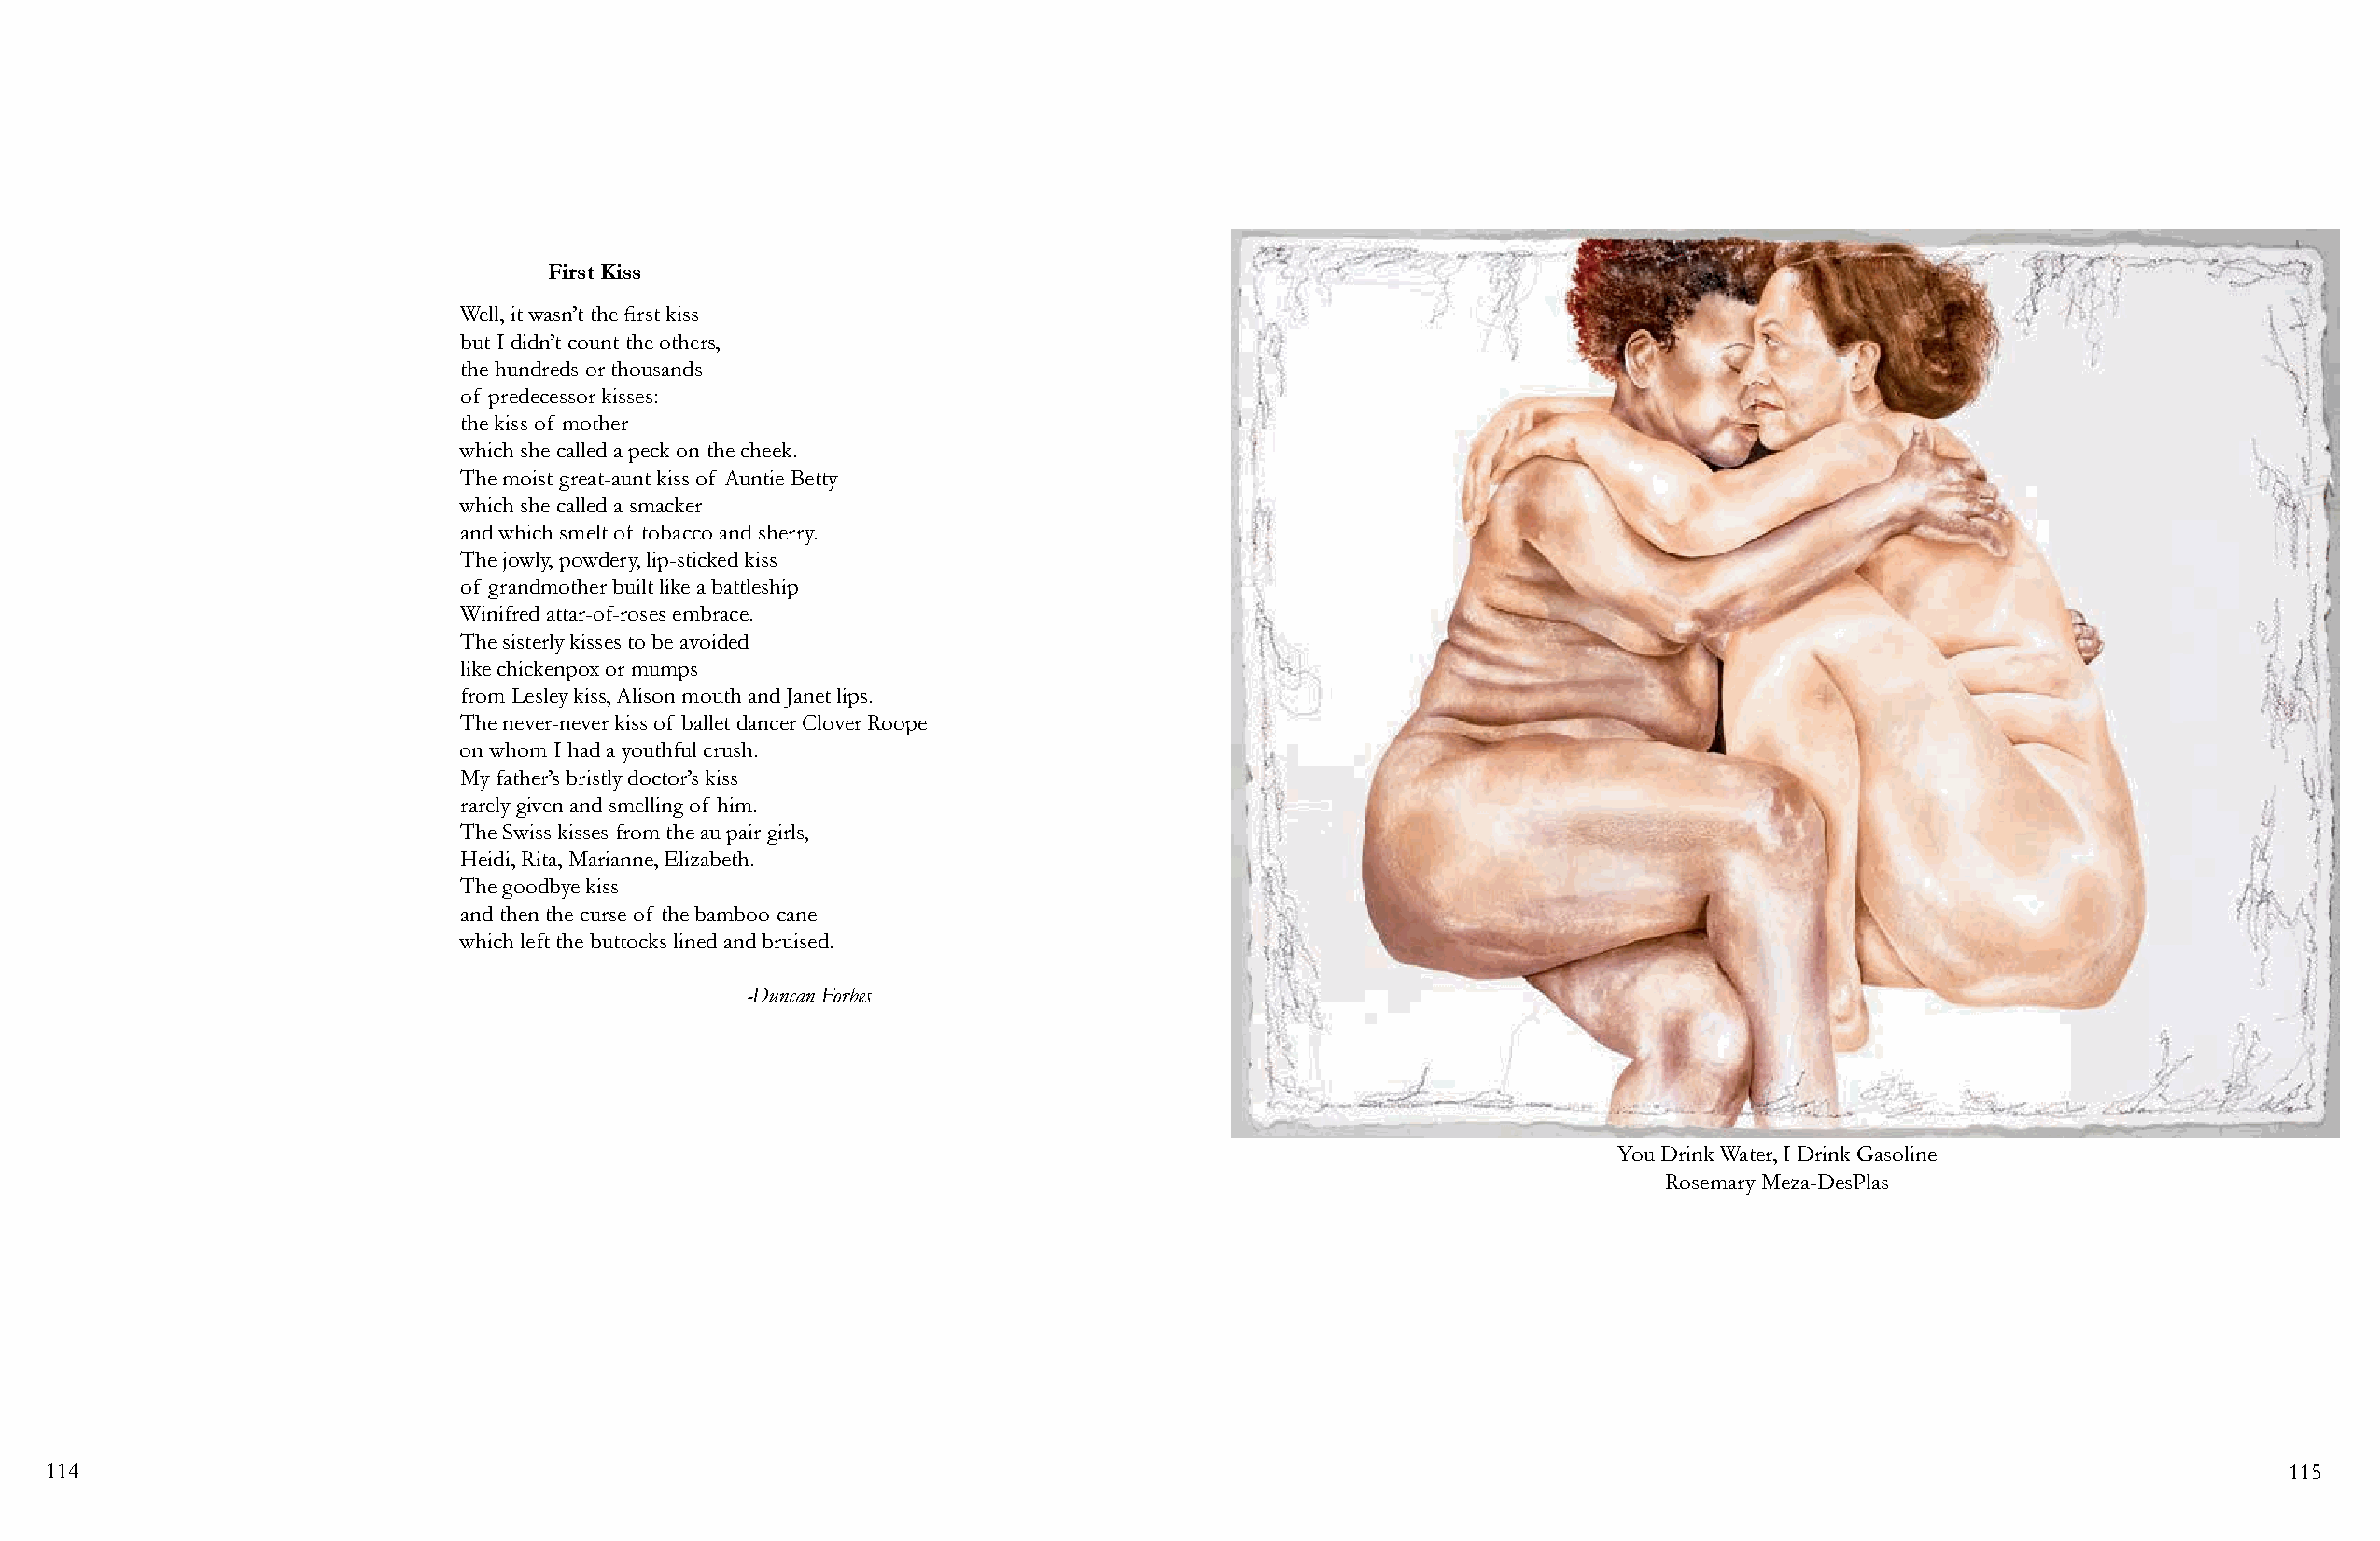
First Kiss
 Well, it wasn’t the first kiss
 but I didn’t count the others,
 the hundreds or thousands
 of predecessor kisses:
 the kiss of mother
 which she called a peck on the cheek.
 The moist great-aunt kiss of Auntie Betty
 which she called a smacker
 and which smelt of tobacco and sherry.
 The jowly, powdery, lip-sticked kiss
 of grandmother built like a battleship
 Winifred attar-of-roses embrace.
 The sisterly kisses to be avoided
 like chickenpox or mumps
 from Lesley kiss, Alison mouth and Janet lips.
 The never-never kiss of ballet dancer Clover Roope
 on whom I had a youthful crush.
 My father’s bristly doctor’s kiss
 rarely given and smelling of him.
 The Swiss kisses from the au pair girls,
 Heidi, Rita, Marianne, Elizabeth.
 The goodbye kiss
 and then the curse of the bamboo cane
 which left the buttocks lined and bruised.
 -Duncan Forbes
 You Drink Water, I Drink Gasoline
 Rosemary Meza-DesPlas
 114                                                                                                                                                            115